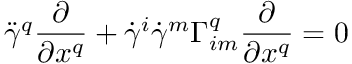
{ \ddot { \gamma } } ^ { q } { \frac { \partial } { \partial x ^ { q } } } + { \dot { \gamma } } ^ { i } { \dot { \gamma } } ^ { m } \Gamma _ { i m } ^ { q } { \frac { \partial } { \partial x ^ { q } } } = 0